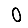
Digit: 0